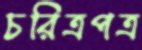
চরিত্রপত্র